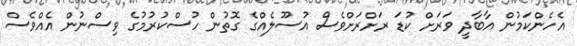
އެހެންކަމުން އާބާދީ ވަރަށް ކުޑަ ރަށްރަށްވެސް އުސޫލެއްގެ ގޮތުން ހުސްކުރުމުގެ ވިސްނުން އެއްވެސް